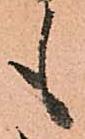
も